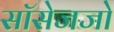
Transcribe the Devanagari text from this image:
सॉसेजजो